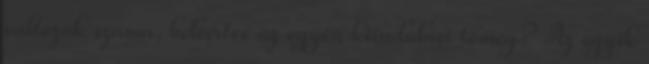
változók száma, beleértve az egyén kiindulási tömeg? Az egyik